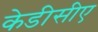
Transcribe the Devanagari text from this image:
केडीसीए